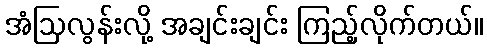
အံဩလွန်းလို့ အချင်းချင်း ကြည့်လိုက်တယ်။